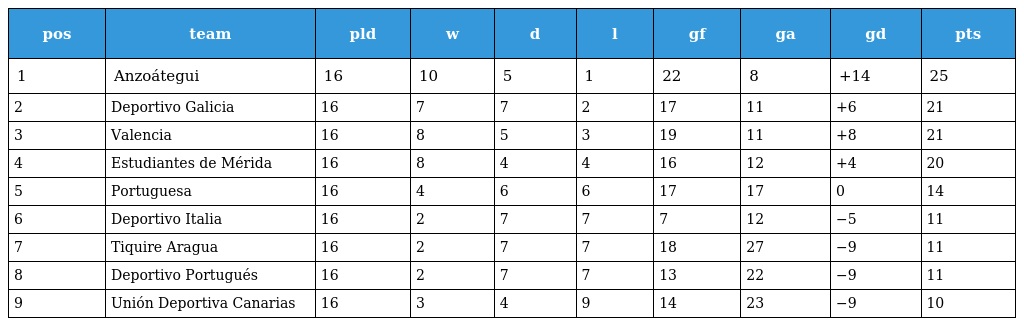
| pos | team | pld | w | d | l | gf | ga | gd | pts |
 | --- | --- | --- | --- | --- | --- | --- | --- | --- | --- |
 | 1 | Anzoátegui | 16 | 10 | 5 | 1 | 22 | 8 | +14 | 25 |
 | 2 | Deportivo Galicia | 16 | 7 | 7 | 2 | 17 | 11 | +6 | 21 |
 | 3 | Valencia | 16 | 8 | 5 | 3 | 19 | 11 | +8 | 21 |
 | 4 | Estudiantes de Mérida | 16 | 8 | 4 | 4 | 16 | 12 | +4 | 20 |
 | 5 | Portuguesa | 16 | 4 | 6 | 6 | 17 | 17 | 0 | 14 |
 | 6 | Deportivo Italia | 16 | 2 | 7 | 7 | 7 | 12 | −5 | 11 |
 | 7 | Tiquire Aragua | 16 | 2 | 7 | 7 | 18 | 27 | −9 | 11 |
 | 8 | Deportivo Portugués | 16 | 2 | 7 | 7 | 13 | 22 | −9 | 11 |
 | 9 | Unión Deportiva Canarias | 16 | 3 | 4 | 9 | 14 | 23 | −9 | 10 |